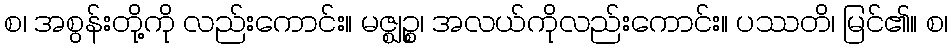
စ၊ အစွန်းတို့ကို လည်းကောင်း။ မဇ္ဈဉ္စ၊ အလယ်ကိုလည်းကောင်း။ ပဿတိ၊ မြင်၏။ စ၊